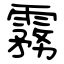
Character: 霧